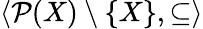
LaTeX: \langle{\mathcal{P}}(X)\setminus\{ X\} ,\subseteq\rangle